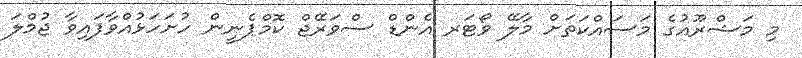
މި މަޝްރޫއުގެ މަސައްކަތަށް މާލޭ ވޯޓަރ އެންޑް ސްވަރޭޖް ކޮމްޕެނީން ހުށަހަޅުއްވާފައިވާ ޖުމްލަ